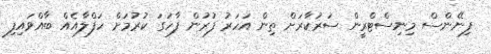
ފިނޭންސް މިނިސްޓްރީން ސަރުކާރަށް ތިން އަހަރު ފުރުން ފާހަގަ ކުރުމަށް ހަފްލާއެއް ބާއްވައިފި